Subject: cs
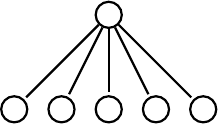
LaTeX code:
\begin{tikzpicture}[shorten >=1pt,auto,node distance=4cm,-,
   thick,base node/.style={circle,draw,minimum size=48pt}, real node/.style={double,circle,draw,minimum size=50pt},scale = 1.2]

   \node[shape=circle,draw=black](0) at(0,0) []{};
   \node[shape=circle,draw=black](1) at(-1,-1) []{};
   \node[shape=circle,draw=black](2) at(-0.5,-1) []{};
   \node[shape=circle,draw=black](3) at(0,-1) []{};
   \node[shape=circle,draw=black](4) at(0.5,-1) []{};
   \node[shape=circle,draw=black](5) at(1,-1) []{};

   \path[]
   (0) edge [ ]node {} (1)
   (0) edge [ ]node {} (2)
   (0) edge [ ]node {} (3)
   (0) edge [ ]node {} (4)
   (0) edge [ ]node {} (5);

\end{tikzpicture}